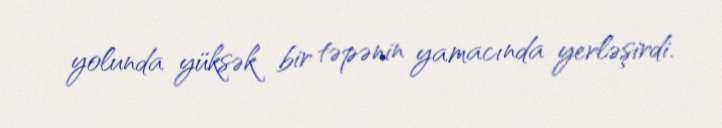
yolunda yüksək bir təpənin yamacında yerləşirdi.